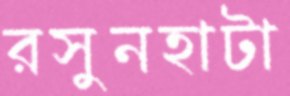
রসুনহাটা